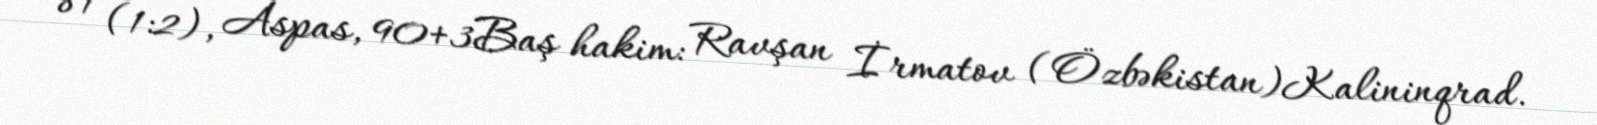
81 (1:2), Aspas, 90+3Baş hakim: Ravşan İrmatov (Özbəkistan)Kalininqrad.